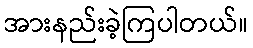
အားနည်းခဲ့ကြပါတယ်။